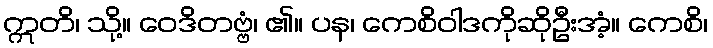
ဣတိ၊ သို့။ ဝေဒိတဗ္ဗံ၊ ၏။ ပန၊ ကေစိဝါဒကိုဆိုဦးအံ့။ ကေစိ၊